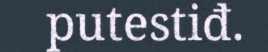
putestiđ.